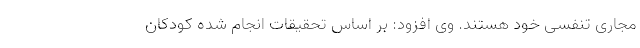
مجاری تنفسی خود هستند. وی افزود: بر اساس تحقیقات انجام شده کودکان